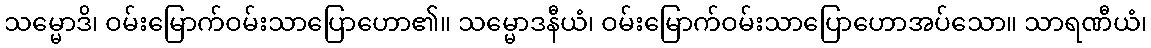
သမ္မောဒိ၊ ဝမ်းမြောက်ဝမ်းသာပြောဟော၏။ သမ္မောဒနီယံ၊ ဝမ်းမြောက်ဝမ်းသာပြောဟောအပ်သော။ သာရဏီယံ၊